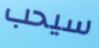
سيحب